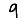
Digit: 9